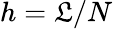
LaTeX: h=\mathfrak{L}/N